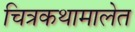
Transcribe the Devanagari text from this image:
चित्रकथामालेत